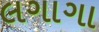
લગાગા